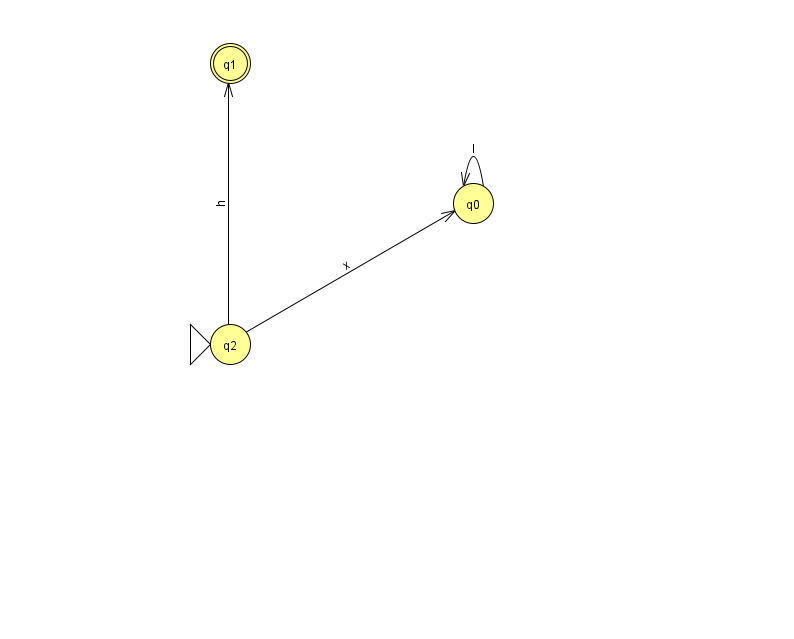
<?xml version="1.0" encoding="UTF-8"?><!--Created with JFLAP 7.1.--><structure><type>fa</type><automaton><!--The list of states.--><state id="0" name="q0"><x>473.0</x><y>190.0</y></state><state id="1" name="q1"><x>230.0</x><y>50.0</y><final/></state><state id="2" name="q2"><x>230.0</x><y>331.0</y><initial/></state><!--The list of transitions.--><transition><from>2</from><to>1</to><read>h</read></transition><transition><from>2</from><to>0</to><read>x</read></transition><transition><from>0</from><to>0</to><read>I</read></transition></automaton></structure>